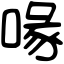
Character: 喙